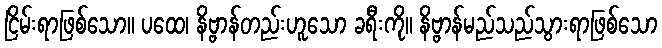
ငြိမ်းရာဖြစ်သော။ ပထေ၊ နိဗ္ဗာန်တည်းဟူသော ခရီးကို။ နိဗ္ဗာန်မည်သည်သွားရာဖြစ်သော